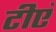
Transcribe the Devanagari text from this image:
टीएं